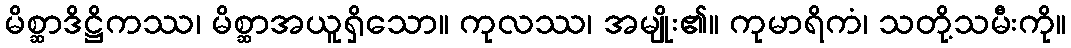
မိစ္ဆာဒိဋ္ဌိကဿ၊ မိစ္ဆာအယူရှိသော။ ကုလဿ၊ အမျိုး၏။ ကုမာရိကံ၊ သတို့သမီးကို။